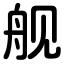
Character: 舰